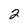
Character: 2